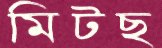
মিটছ